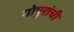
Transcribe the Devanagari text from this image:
गोपुरांची